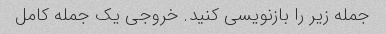
جمله زیر را بازنویسی کنید. خروجی یک جمله کامل